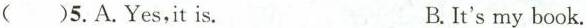
()5.A.Yes,it is. B.It's my book.